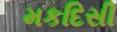
મકદિસી